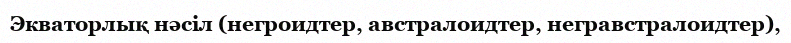
Экваторлық нәсіл (негроидтер, австралоидтер, негравстралоидтер),